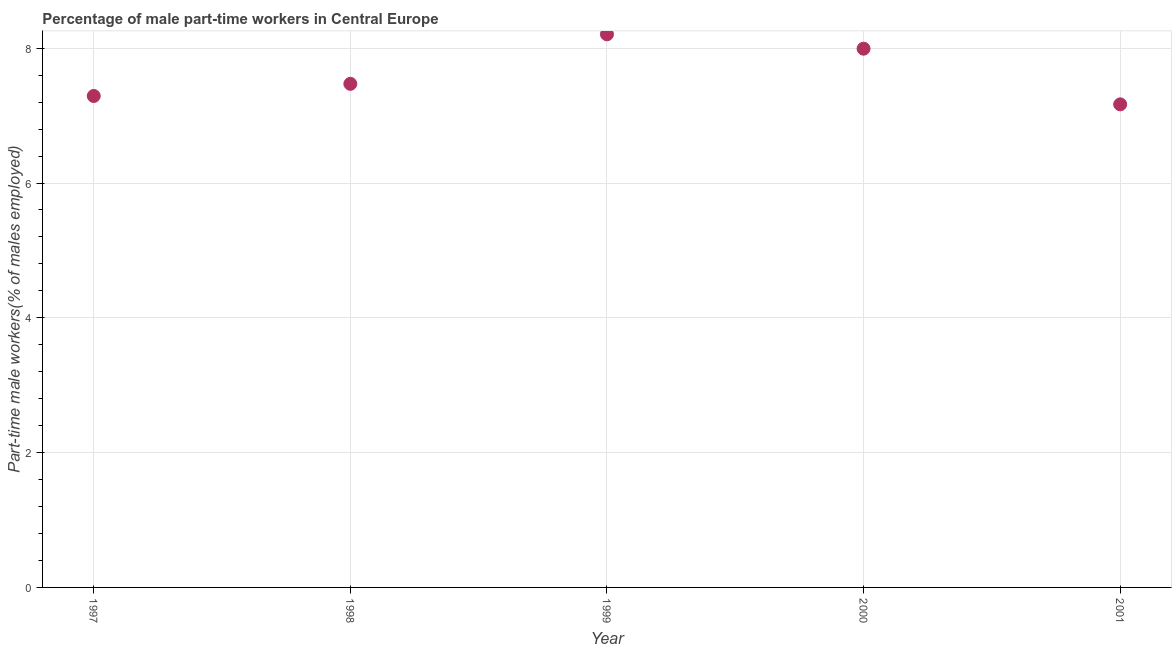
| Year | Part time employment |
 | --- | --- |
 | 1997 | 7.29 |
 | 1998 | 7.47 |
 | 1999 | 8.21 |
 | 2000 | 7.99 |
 | 2001 | 7.17 |